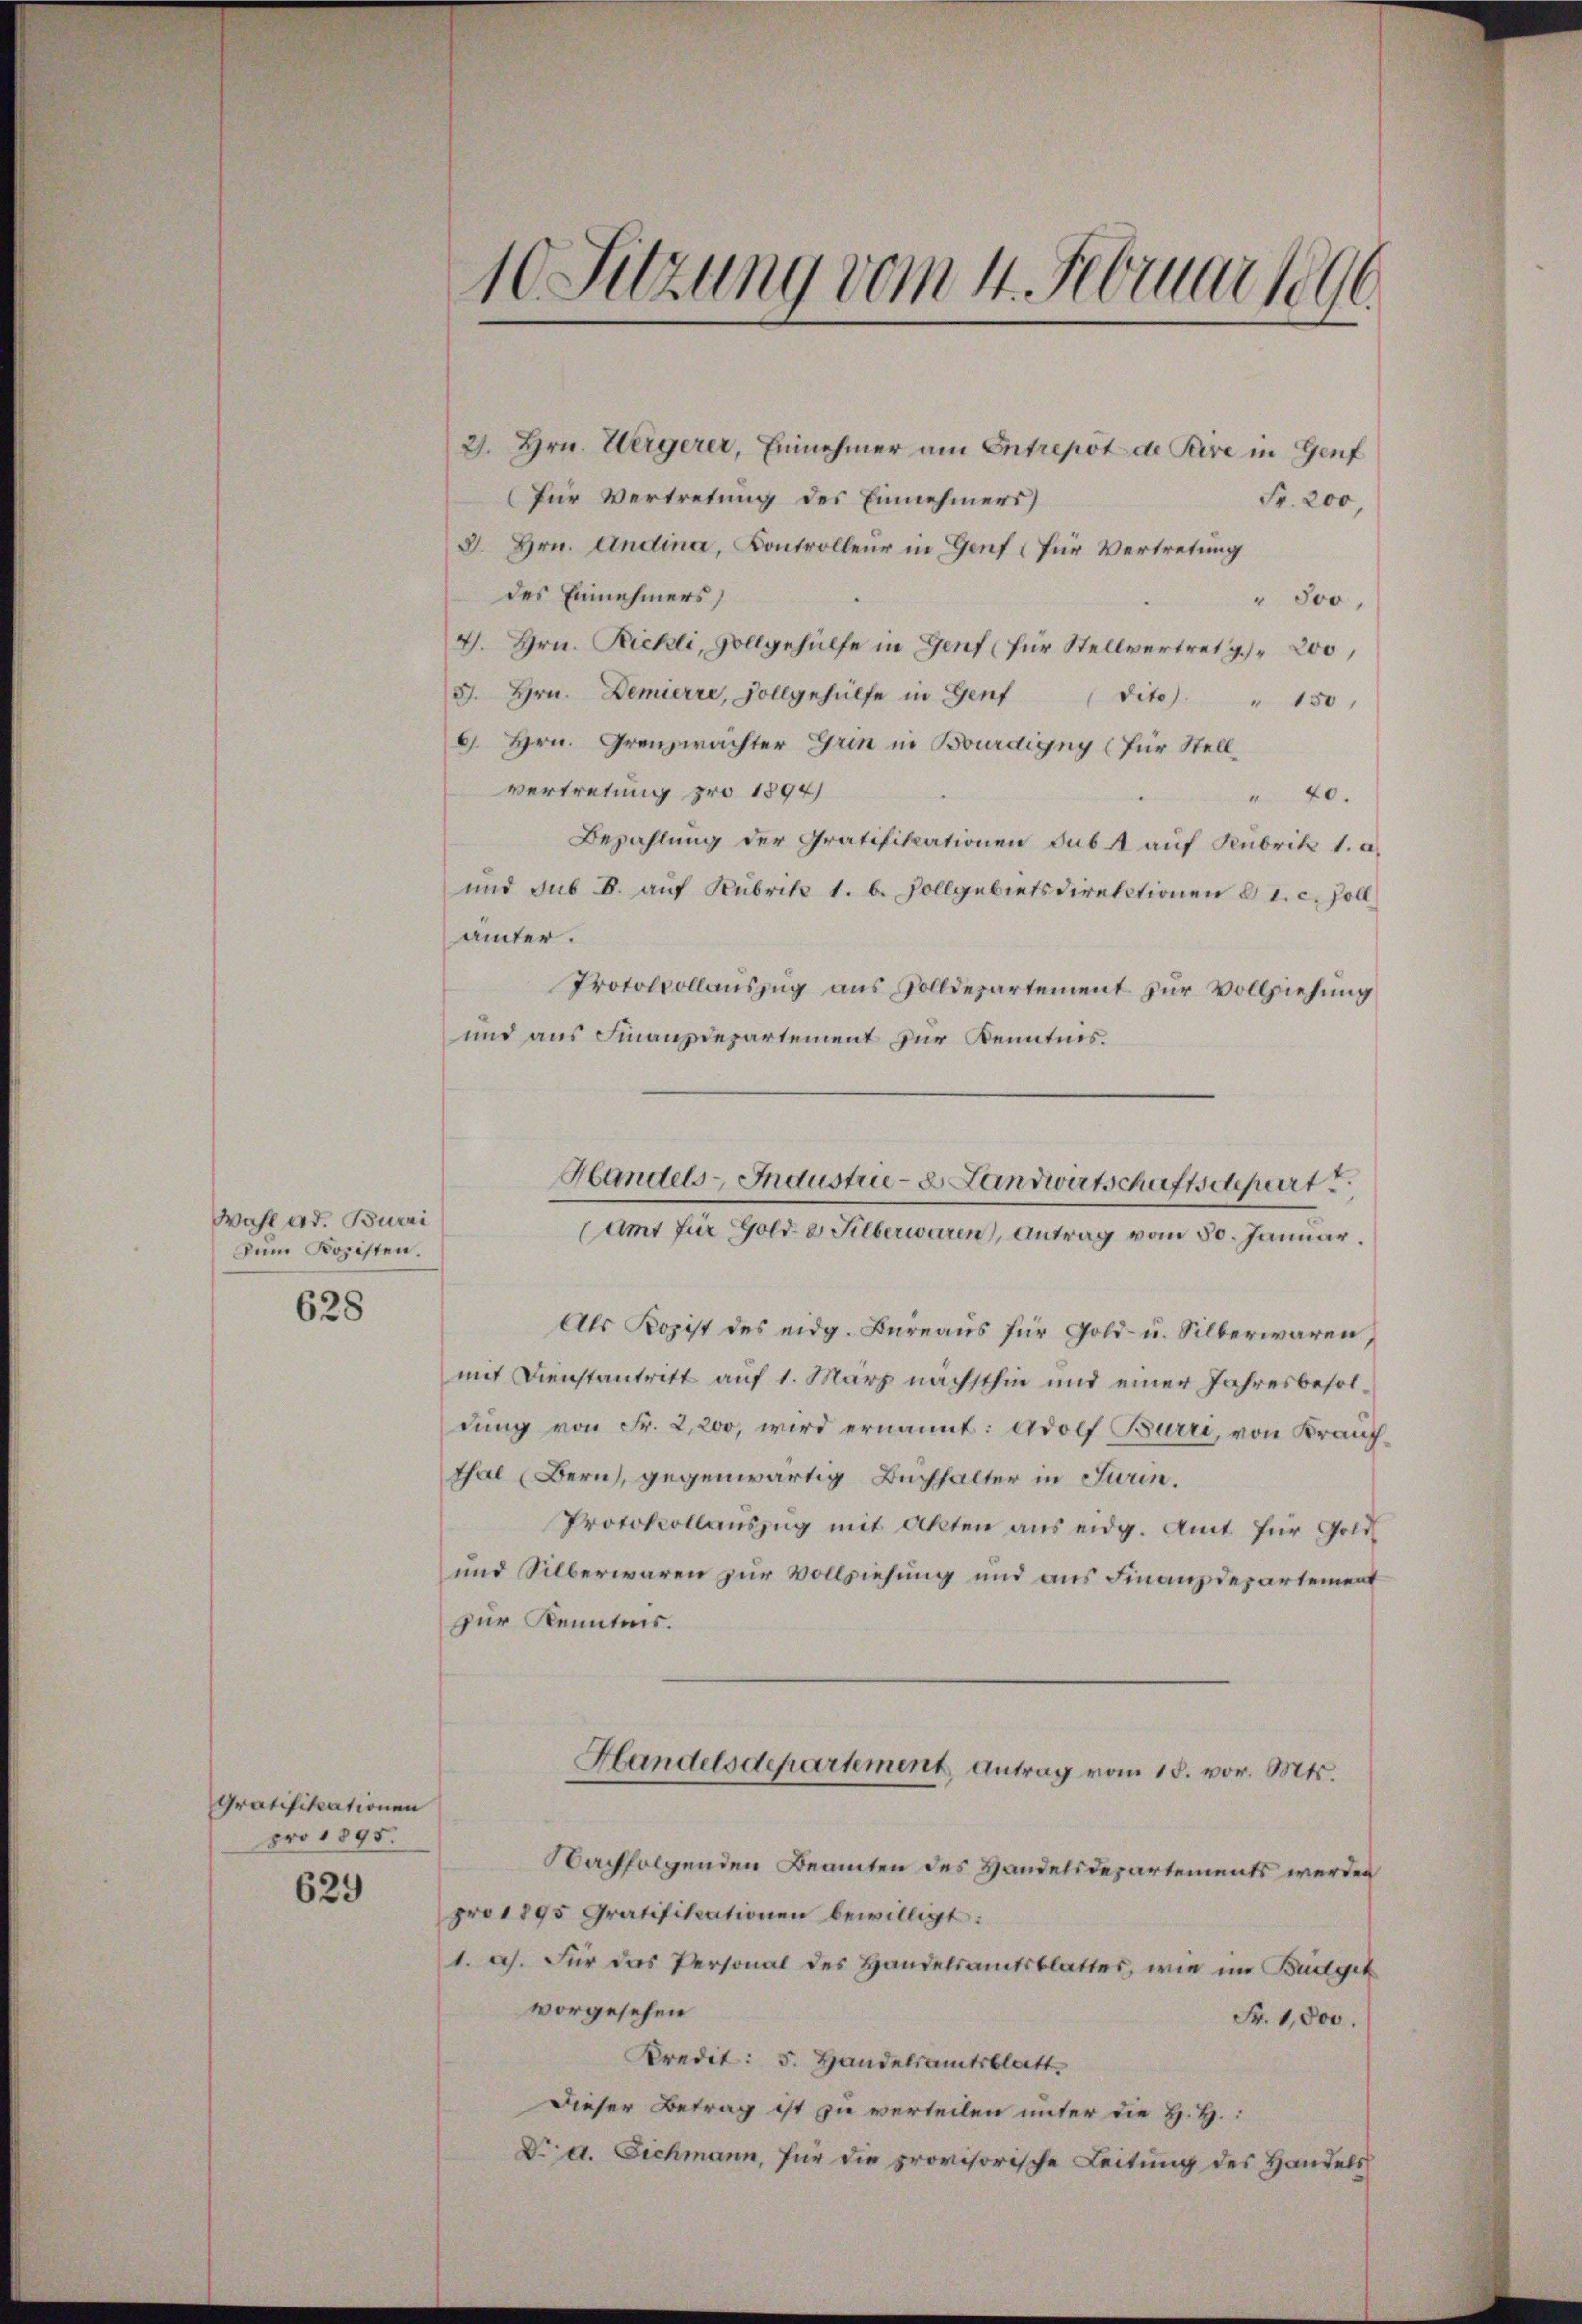
Wahl ad. Burri
Dem Kopisten.

628

Gratifikationen
pro 1895.

629

21. Hrn. Weigerer, Einnehmer am Entrepot de Pare in Genf
(für Vertretung des Einnehmers
Fr. 200,
3. Hrn. Andina, Controlleur in Genf (für Vertretung
des Einnehmers,
" 300,
4. Hrn. Bichli, Vollgehülfe in Genf (für Stellvertretg. 200,
3. Hrn. Demierre, Vollgehülfe in Genf (dito " 150
9. Hrn. Grenzwachter Grin in Bourdigny (für Stellvertretung pro 1894/
 40.
Bezahlung der Gratifikationen sub A auf Kubrik 1. a.
und sub b. aŭf Kubrik 1. b. Vollgebietsdirektionen § 1. c. Zoll
ämter.
Protokollauszug aus Solldepartement zur Vollziehung
und aus Finanzdepartement zur Kenntnis.

1
10Suzung vom 4. Februar 1896

Als Kopist des eidg. Büreaŭs für Gold- u. Silberwaren,
mit Dienstantritt auf 1. März nächsthin und einer Jahresbesoldung von Fr. 2,200, wird ernannt: Adolf Burri, von Kranz
Thal (Bern, gegenwärtig Buchhalter in Turin.
Protokollaŭszŭg mit Akten ans eidg. Amt für Gold
und Silberwaren zur Vollziehung und aus Finanzdepartement
zur Kenntnis.
Handelsdepartement Antrag vom 18. vor. Mts.
Nachfolgenden Beamten des Handelsdepartements werden
pro 1895 Gratifikationen bewilligt:
1. a. Für das Personal des Handelsamtsblatter, wie im Budget
vorgesehen
Fr. 1,800.
Kredit: 5. Handelsamtsblatt.
Dieser Betrag ist zu verteilen unter die H. H.
Dr a. Eichmann, für die provisorische Leitung des Handels

Handels-Industrie - Landwirtschaftschart
Amt für Gold & Silberwaren, Antrag vom 30. Januar.